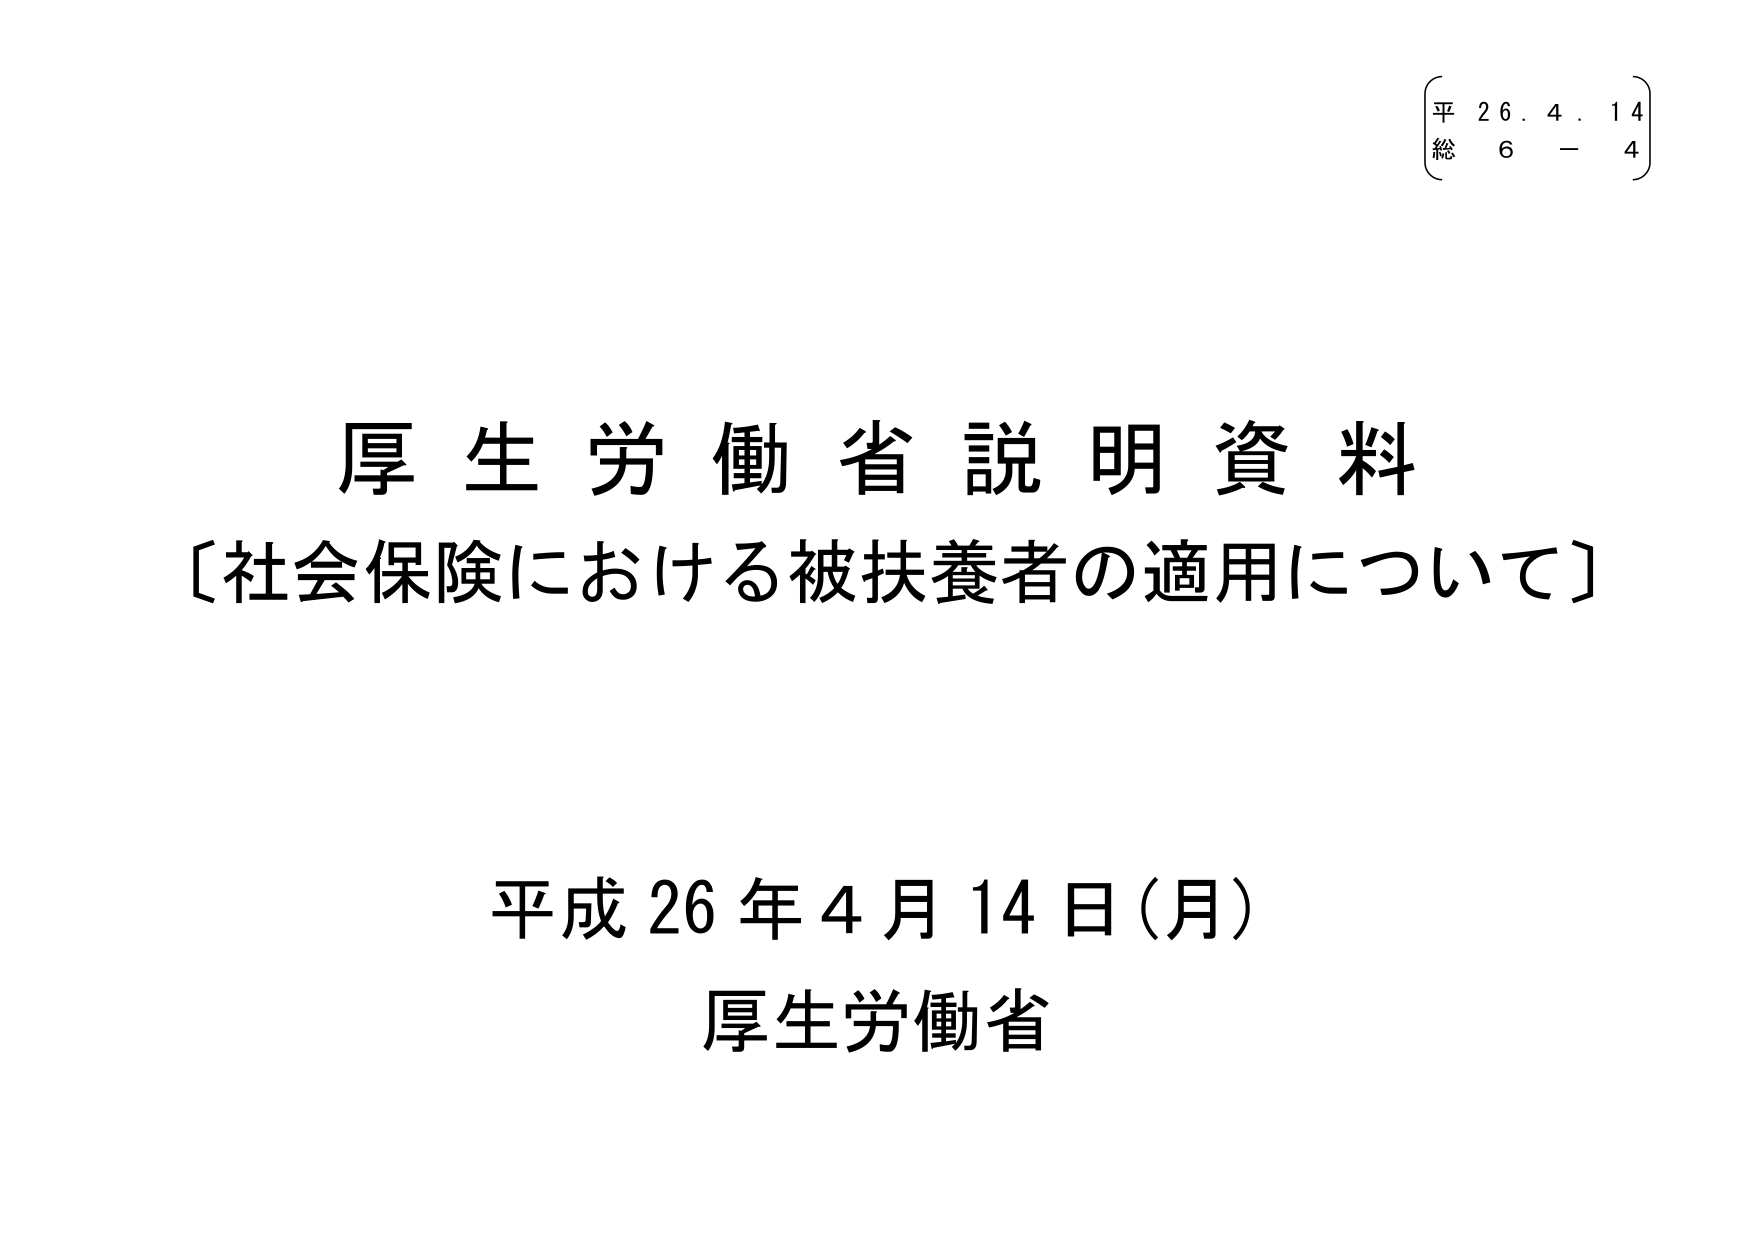
平 26.4.14
総 6 - 4

厚生労働省説明資料
〔社会保険における被扶養者の適用について〕

平成26年4月14日（月）
厚生労働省